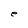
Character: e